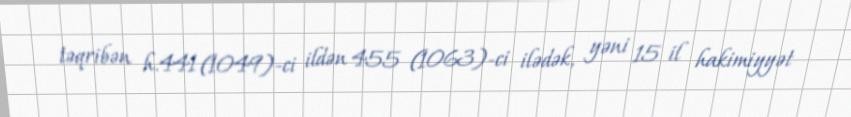
təqribən h.441 (1049)-ci ildən 455 (1063)-ci ilədək, yəni 15 il hakimiyyət